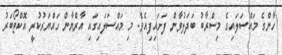
ހާންގެ މައްސަލައިގެ މިސްރާބު ބަދަލުވާން ފަށައިފިއެވެ. މި މައްސަލައިގައި އާރްޔާން ހައްޔަރުކުރީ އޮކްޓޯބަރު